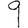
Digit: 9